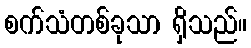
စက်သံတစ်ခုသာ ရှိသည်။